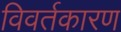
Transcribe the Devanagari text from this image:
विवर्तकारण